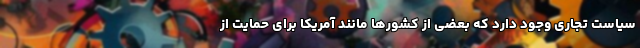
سیاست تجاری وجود دارد که بعضی از کشورها مانند آمریکا برای حمایت از